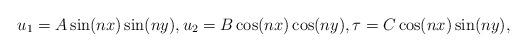
LaTeX: \begin{align*}u_1 = A\sin (nx) \sin (ny), u_2 = B\cos (nx) \cos (ny), \tau = C\cos (nx) \sin (ny), \end{align*}